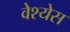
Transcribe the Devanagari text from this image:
वेश्येस